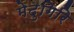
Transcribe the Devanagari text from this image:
मेदुगिरि